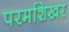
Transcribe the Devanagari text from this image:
परमशिखर